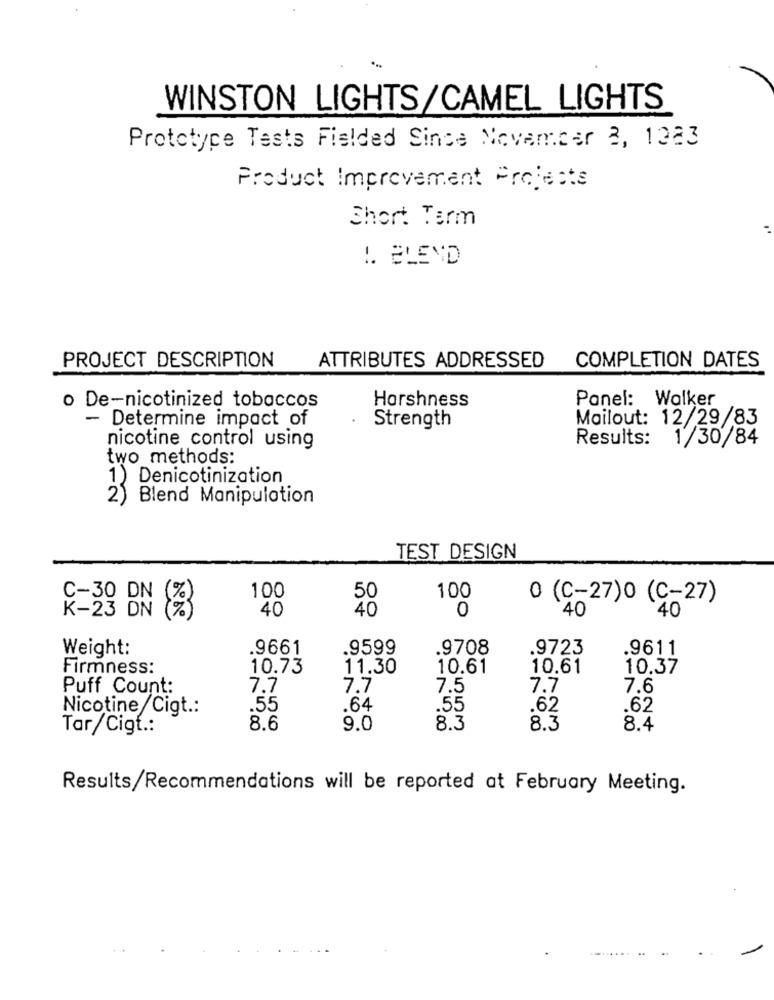
WINSTON LIGHTS/CAMEL LIGHTS
Prototype Tests Fielded Since November 2, 1223
Product Improvement Projects
Short Term
!. BLEND
PROJECT DESCRIPTION
ATTRIBUTES ADDRESSED
COMPLETION DATES
Panel: Walker
o De-nicotinized tobaccos
Harshness
- Determine impact of
Mailout: 12/29/83
Strength
Results:
1/30/84
nicotine control using
two methods:
1) Denicotinization
Blend Manipulation
TEST DESIGN
100
C-30 DN
50
100
0 (C-27)0 (C-27)
K-23 DN
40
40
0
40
40
Weight:
.9661
.9599
.9708
.9723
.9611
Firmness:
10.73
11.30
10.61
10.61
10.37
Puff Count:
7.7
7.7
7.5
7.7
7.6
Nicotine/Cigt .:
.55
.64
.55
.62
.62
Tar/Cigt .:
8.6
9.0
8.3
8.3
8.4
Results/Recommendations will be reported at February Meeting.